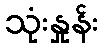
သုံးနှုန်း